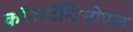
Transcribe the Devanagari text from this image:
काॅनस्टॅन्टिनोपल